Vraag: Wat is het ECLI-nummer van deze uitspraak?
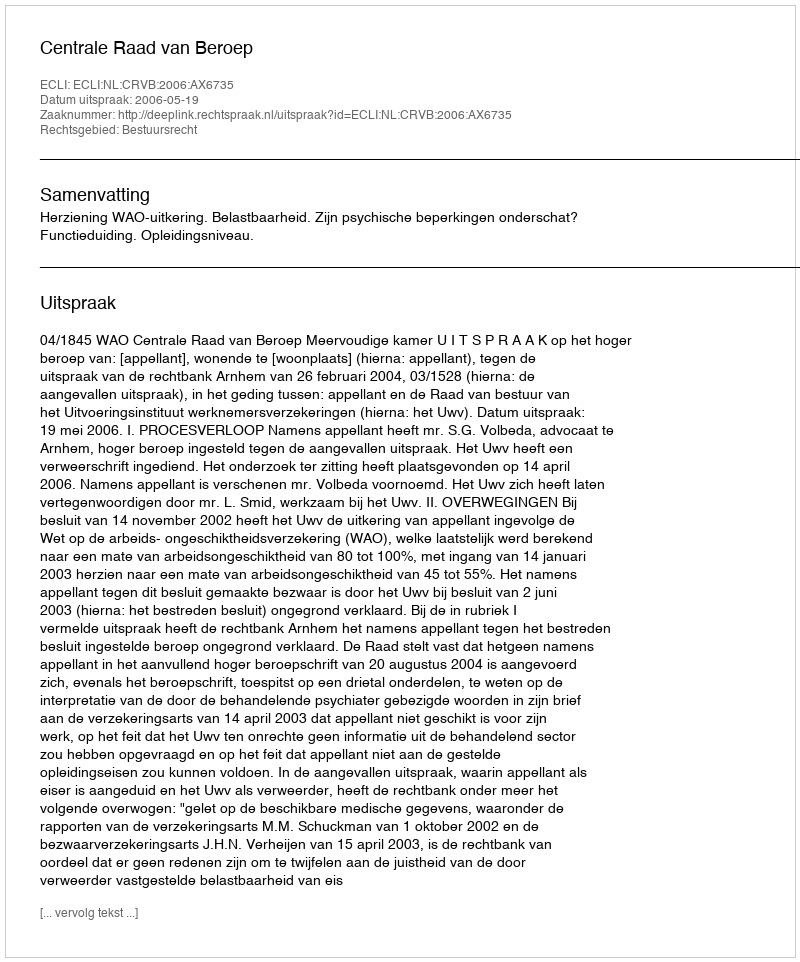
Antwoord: ECLI:NL:CRVB:2006:AX6735